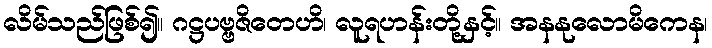
လိမ်သည်ဖြစ်၍။ ဂဋ္ဌပဗ္ဗဇိတေဟိ၊ လူရဟန်းတို့နှင့်။ အနနုလောမိကေန၊